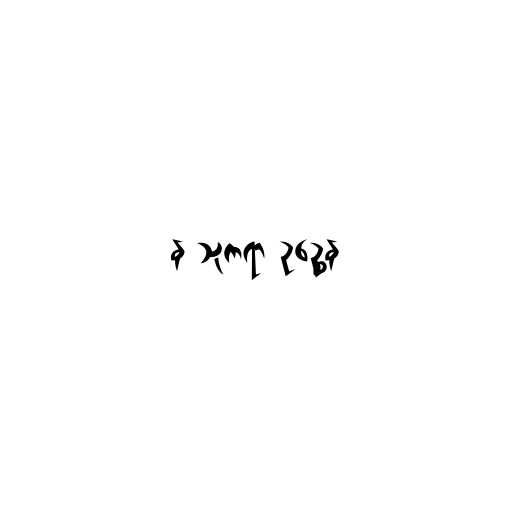
န သုကရာ ဥဉ္ဆေန